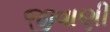
જીવાણી